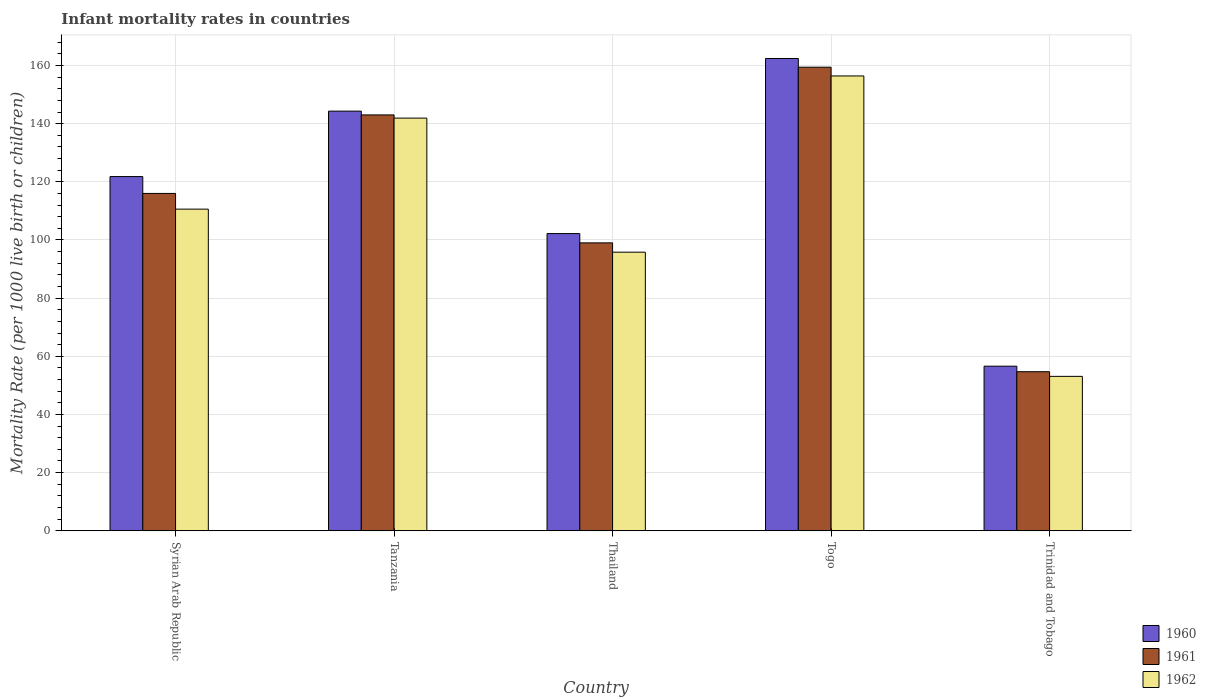
| Country | 1960 | 1961 | 1962 |
 | --- | --- | --- | --- |
 | Syrian Arab Republic | 122 | 116 | 111 |
 | Tanzania | 144 | 143 | 142 |
 | Thailand | 102 | 99 | 95.8 |
 | Togo | 162 | 159 | 156 |
 | Trinidad and Tobago | 56.6 | 54.7 | 53.1 |